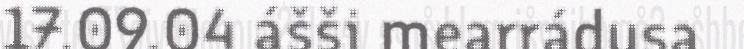
17.09.04 ášši mearrádusa